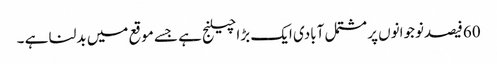
60فیصدنوجوانوں پر مشتمل آبادی ایک بڑا چیلنج ہے جسے موقع میں بدلنا ہے ۔